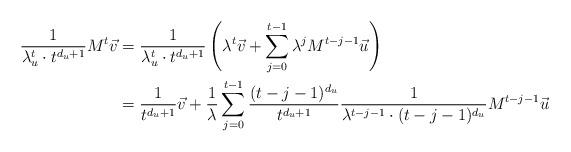
LaTeX: \begin{align*}\frac{1}{\lambda_u^t \cdot t^{d_u+1}} M^t \vec v&= \frac{1}{\lambda_u^t \cdot t^{d_u+1}} \left(\lambda^t \vec v + \sum_{j=0}^{t-1} \lambda^{j} M^{t-j-1} \vec u_{}\right)\\&= \frac{1}{t^{d_u+1}} \vec v + \frac{1}{\lambda}\sum_{j=0}^{t-1} \frac{({t-j-1})^{d_u}}{t^{d_u+1}} \frac{1}{\lambda^{t-j-1} \cdot ({t-j-1})^{d_u}} M^{t-j-1} \vec u_{}\end{align*}